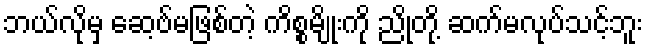
ဘယ်လိုမှ ဆေ့ဗ်မဖြစ်တဲ့ ကိစ္စမျိုးကို ညိုတို့ ဆက်မလုပ်သင့်ဘူး